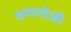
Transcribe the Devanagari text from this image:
वणगोजी